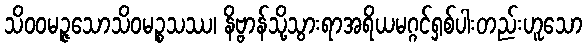
သိဝဝမဉ္ဇသောသိဝမဉ္စသဿ၊ နိဗ္ဗာန်သို့သွားရာအရိယမဂ္ဂင်ရှစ်ပါးတည်းဟူသော